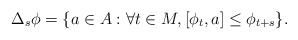
\begin{align*}\Delta_s\phi & = \{ a\in A : \forall t\in M, [\phi_t,a]\leq \phi_{t+s}\}.\end{align*}